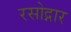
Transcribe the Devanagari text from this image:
रसोद्गार